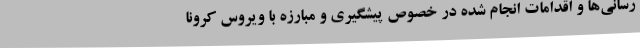
رسانی‌ها و اقدامات انجام شده در خصوص پیشگیری و مبارزه با ویروس کرونا